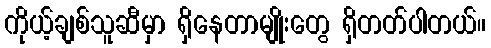
ကိုယ့်ချစ်သူဆီမှာ ရှိနေတာမျိုးတွေ ရှိတတ်ပါတယ်။